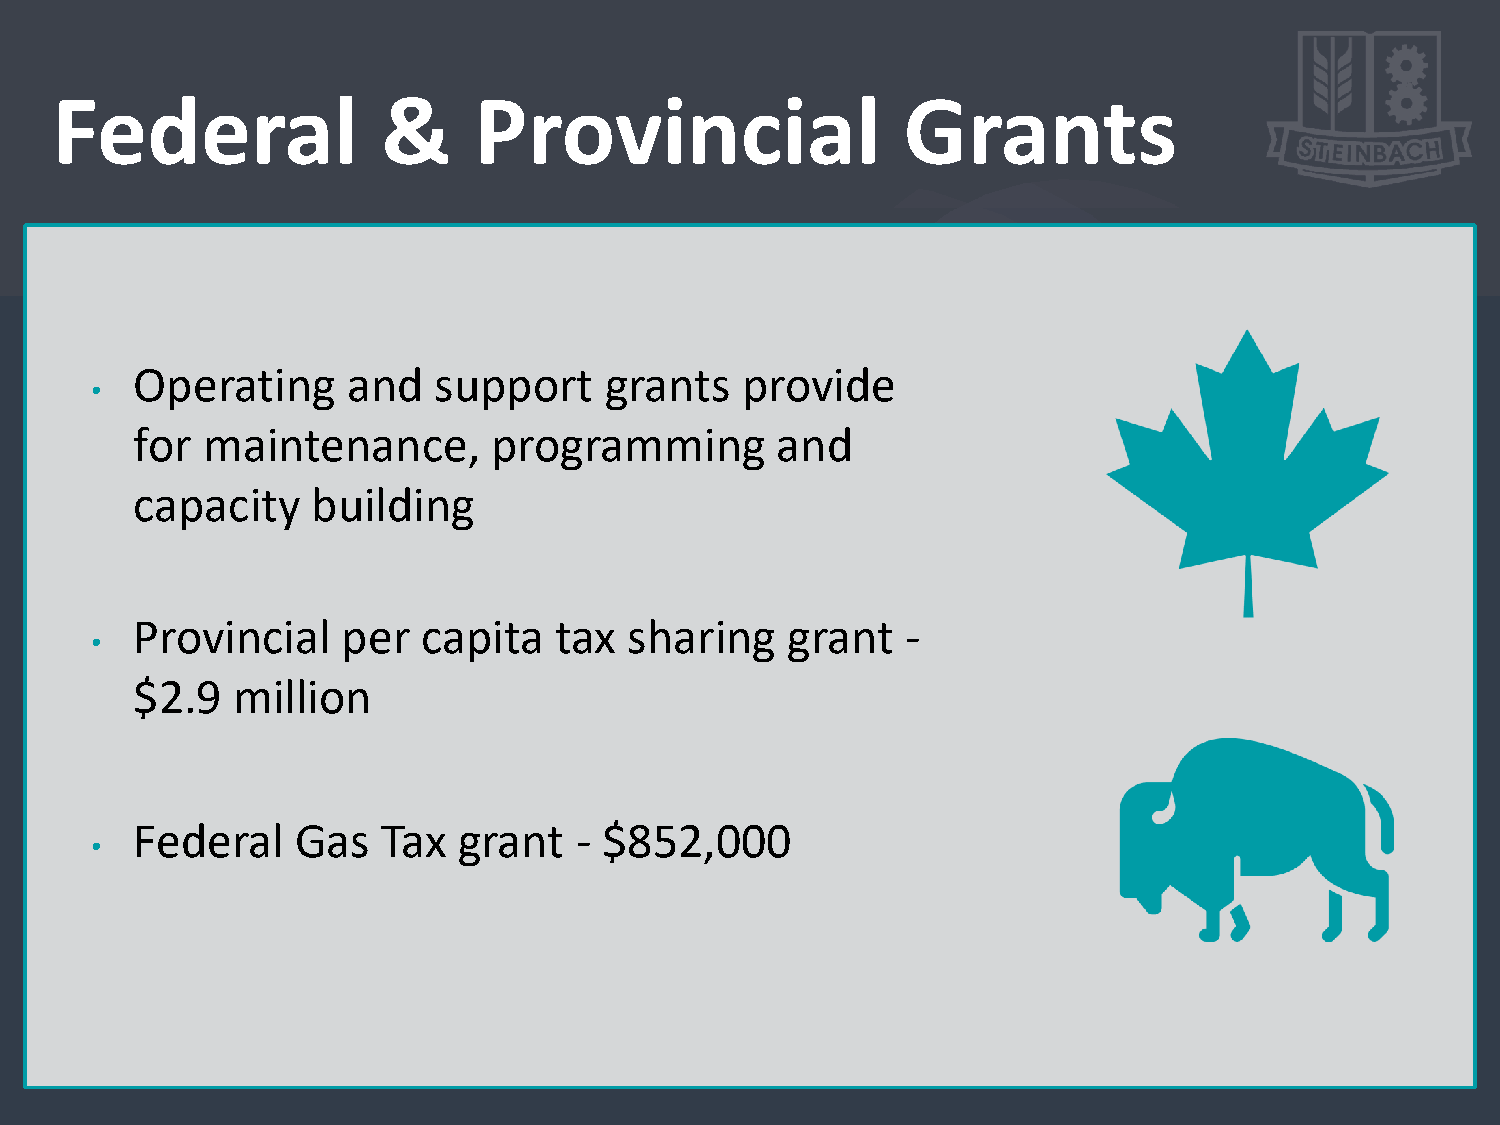
Federal               &     Provincial                   Grants
 Operating     and   support    grants   provide
 •
 for maintenance,        programming       and
 capacity    building
 Provincial    per  capita   tax  sharing   grant   -
 •
 $2.9  million
 Federal    Gas  Tax  grant   - $852,000
 •